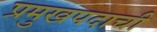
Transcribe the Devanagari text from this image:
प्रमुखपदाची